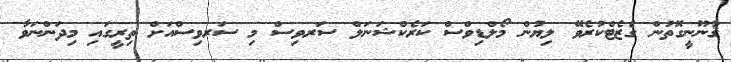
ޤާނޫނީގޮތުން ގެޒެޓްކުރެވޭ ލިޔުން މޯލްޑިވްސް ކަރެކްޝަނަލް ސަރވިސް މި ސަރވިސްއަށް ތިރީގައި މިދަންނަވާ